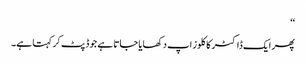
‘‘
پھر ایک ڈاکٹر کا کلوز اپ دکھایا جاتا ہے جو ڈپٹ کر کہتا ہے۔